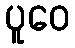
ပူဝေ